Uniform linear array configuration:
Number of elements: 48
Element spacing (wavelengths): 0.75
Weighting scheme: hamming
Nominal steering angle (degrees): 0
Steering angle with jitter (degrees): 1.278
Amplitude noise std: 0.05
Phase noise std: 0.05

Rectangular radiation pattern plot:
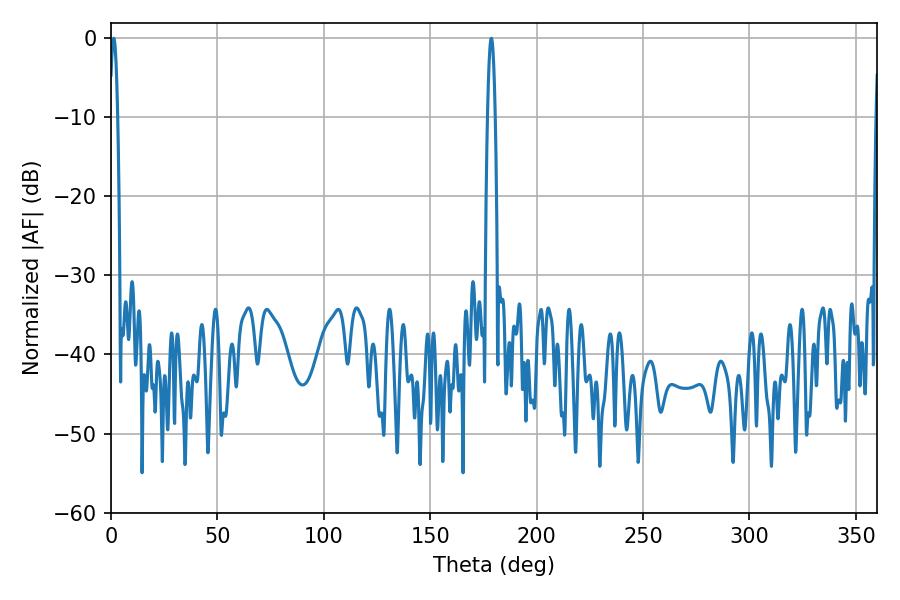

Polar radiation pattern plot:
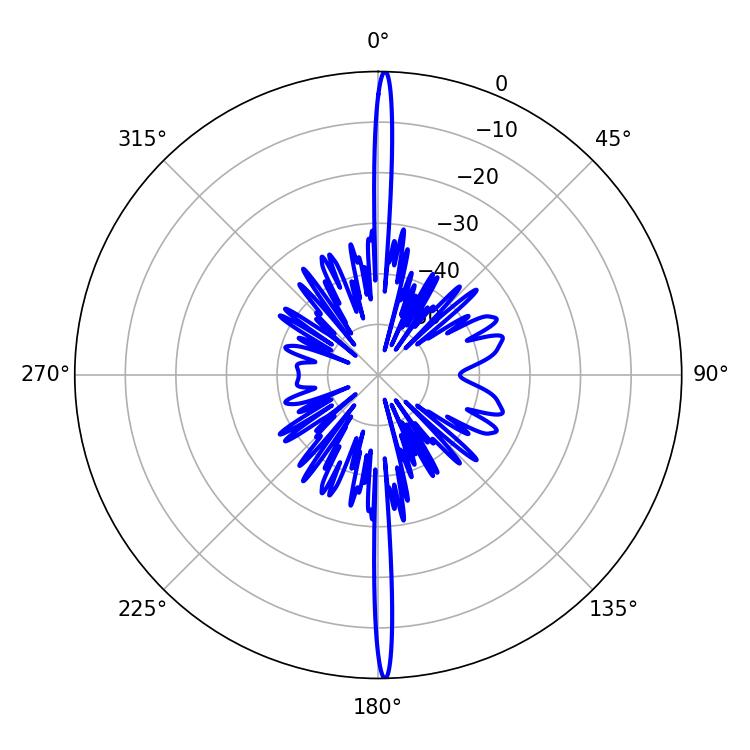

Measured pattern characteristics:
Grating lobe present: TRUE
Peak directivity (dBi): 30.284
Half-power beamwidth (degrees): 1.8
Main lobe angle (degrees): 178.74